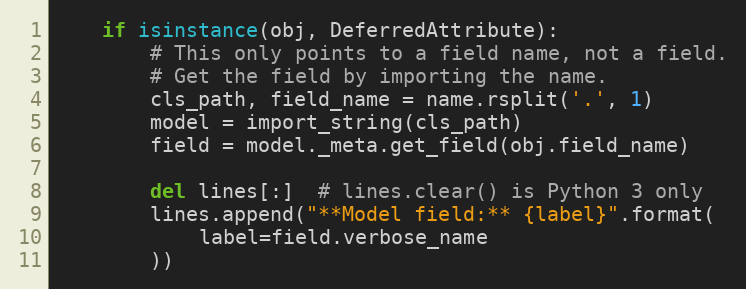
Language: Python
    if isinstance(obj, DeferredAttribute):
        # This only points to a field name, not a field.
        # Get the field by importing the name.
        cls_path, field_name = name.rsplit('.', 1)
        model = import_string(cls_path)
        field = model._meta.get_field(obj.field_name)

        del lines[:]  # lines.clear() is Python 3 only
        lines.append("**Model field:** {label}".format(
            label=field.verbose_name
        ))